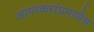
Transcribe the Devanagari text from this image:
आगरकरांप्रमाणेच